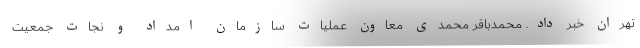
تهران خبر داد. محمدباقر محمدی معاون عملیات سازمان امداد و نجات جمعیت